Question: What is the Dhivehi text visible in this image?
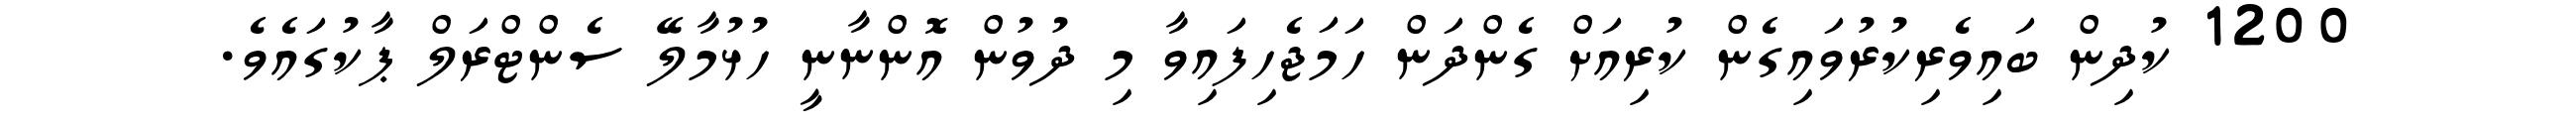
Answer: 1200 ކުދިން ބައިވެރިކުރުވައިގެން ކުރިއަށް ގެންދަން ހަމަޖެހިފައިވާ މި ދުވުން އޮންނާނީ ހުޅުމާލޭ ސެންޓްރަލް ޕާކުގައެވެ.